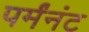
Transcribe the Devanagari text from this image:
पर्मंनंट